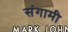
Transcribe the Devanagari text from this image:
संगामी